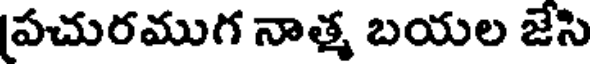
[పచురముగ నాత్మ బయల జేసి